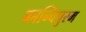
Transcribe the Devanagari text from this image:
कान्चिपुरम